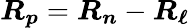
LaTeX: {\boldsymbol{R_{p}}}={\boldsymbol{R_{n}}}-{\boldsymbol{R_{\ell}}}